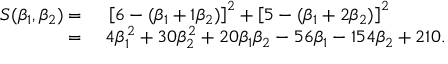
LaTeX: \begin{array} { r l } { S ( \beta _ { 1 } , \beta _ { 2 } ) = { } } & { { } \left[ 6 - ( \beta _ { 1 } + 1 \beta _ { 2 } ) \right] ^ { 2 } + \left[ 5 - ( \beta _ { 1 } + 2 \beta _ { 2 } ) \right] ^ { 2 } } \\ { = { } } & { { } 4 \beta _ { 1 } ^ { 2 } + 3 0 \beta _ { 2 } ^ { 2 } + 2 0 \beta _ { 1 } \beta _ { 2 } - 5 6 \beta _ { 1 } - 1 5 4 \beta _ { 2 } + 2 1 0 . } \end{array}